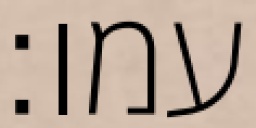
עמו׃